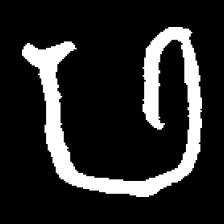
Pyu character \u2014 Myanmar letter: ဖ (romanized: pha)